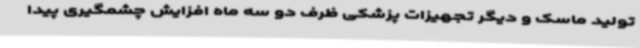
تولید ماسک و دیگر تجهیزات پزشکی ظرف دو سه ماه افزایش چشمگیری پیدا